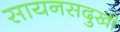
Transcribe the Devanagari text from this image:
सायनसदुखी